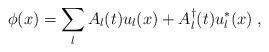
LaTeX: \begin{align*}\phi(x)=\sum_{l}A_l(t) u_l(x)+ A^{\dagger}_l(t) u^*_l(x) \; ,\end{align*}